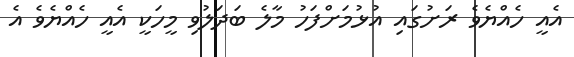
އެއީ ހެއްޔެވެ ރަށުގައި އުޅުމަށްފަހު މާލެ ބަދަލުވި މީހަކީ އެއީ ހެއްޔެވެ އެ